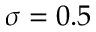
\sigma = 0 . 5